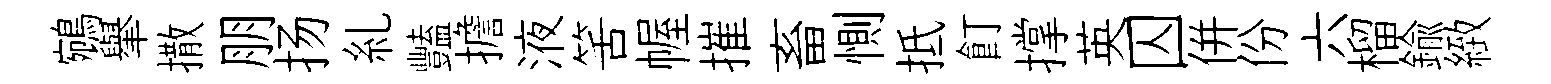
鵷𦦙撒朋扬糺豔擔液筈幄摧畜惻抵飣撑英囚併份六榴鍮緻